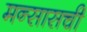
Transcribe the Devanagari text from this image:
मन्सासची